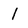
Character: 1